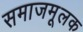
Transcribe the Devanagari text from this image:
समाजमूलक